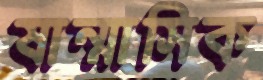
ষান্মাসিক